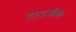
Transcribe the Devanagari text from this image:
हायजॅक